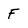
Character: f